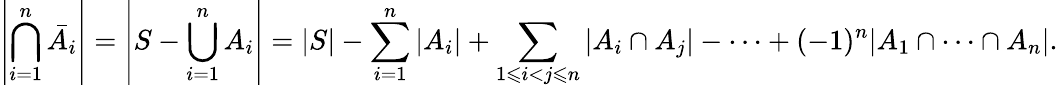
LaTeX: \left|\bigcap_{i=1}^{n}{\bar{A_{i}}}\right|=\left|S-\bigcup_{i=1}^{n}A_{i}\right|=|S|-\sum_{i=1}^{n}|A_{i}|+\sum_{1\leqslant i<j\leqslant n}|A_{i}\cap A_{j}|-\cdots+(-1)^{n}|A_{1}\cap\cdots\cap A_{n}|.